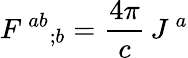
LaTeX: F^{\, ab}{}_{;b}={\frac{4\pi}{c}}\, J^{\, a}